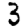
Digit: 3